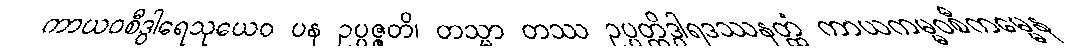
ကာယဝစီဒွါရေသုယေဝ ပန ဥပ္ပဇ္ဇတိ၊ တသ္မာ တဿ ဥပ္ပတ္တိဒွါရဒဿနတ္ထံ ကာယကမ္မဝစီကမ္မေန